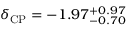
\delta _ { \mathrm { C P } } = - 1 . 9 7 _ { - 0 . 7 0 } ^ { + 0 . 9 7 }